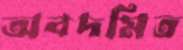
অবদমিত